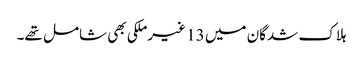
ہلاک شدگان میں 13 غیرملکی بھی شامل تھے۔